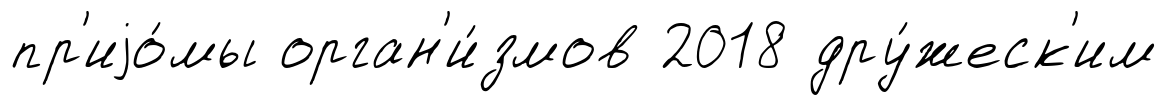
пр'иjо́мы орган'и́змов 2018 дру́жеск'им